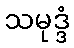
သမုဒ္ဒံ